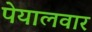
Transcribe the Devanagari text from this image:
पेयालवार